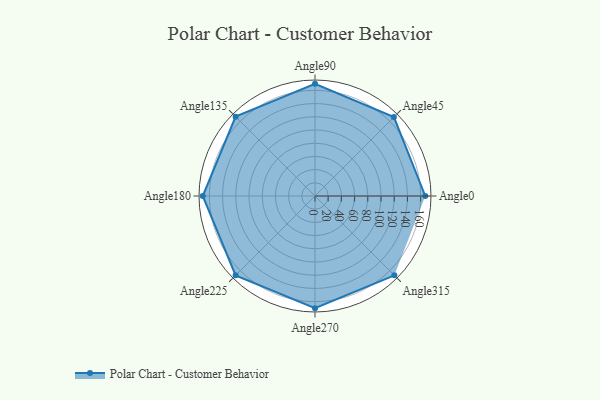
{"axis": {"x": "Angle", "y": "Radius"}, "legend": [""], "data": [{"x": "Angle0", "y": 167.0, "type": ""}, {"x": "Angle45", "y": 169.0, "type": ""}, {"x": "Angle90", "y": 170, "type": ""}, {"x": "Angle135", "y": 170, "type": ""}, {"x": "Angle180", "y": 170, "type": ""}, {"x": "Angle225", "y": 170, "type": ""}, {"x": "Angle270", "y": 170, "type": ""}, {"x": "Angle315", "y": 170, "type": ""}]}